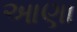
આણા